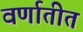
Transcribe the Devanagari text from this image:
वर्णातीत